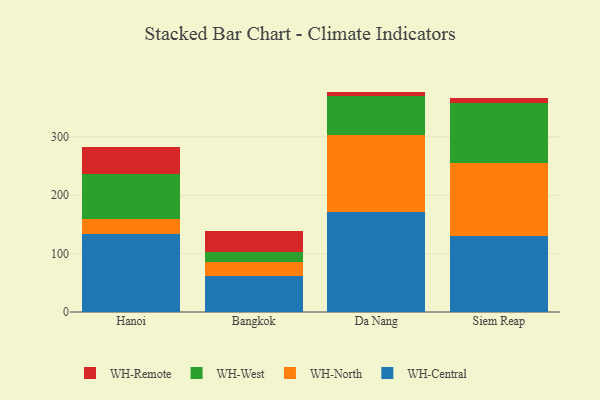
{"axis": {"x": "City", "y": "Demand Index"}, "legend": ["WH-Central", "WH-North", "WH-Remote", "WH-West"], "data": [{"x": "Hanoi", "y": 134.3, "type": "WH-Central"}, {"x": "Hanoi", "y": 24.8, "type": "WH-North"}, {"x": "Hanoi", "y": 77.6, "type": "WH-West"}, {"x": "Hanoi", "y": 45.8, "type": "WH-Remote"}, {"x": "Bangkok", "y": 61.9, "type": "WH-Central"}, {"x": "Bangkok", "y": 24.6, "type": "WH-North"}, {"x": "Bangkok", "y": 16.3, "type": "WH-West"}, {"x": "Bangkok", "y": 35.4, "type": "WH-Remote"}, {"x": "Da Nang", "y": 171.7, "type": "WH-Central"}, {"x": "Da Nang", "y": 130.9, "type": "WH-North"}, {"x": "Da Nang", "y": 67.1, "type": "WH-West"}, {"x": "Da Nang", "y": 8.0, "type": "WH-Remote"}, {"x": "Siem Reap", "y": 130.2, "type": "WH-Central"}, {"x": "Siem Reap", "y": 124.8, "type": "WH-North"}, {"x": "Siem Reap", "y": 103.3, "type": "WH-West"}, {"x": "Siem Reap", "y": 8.7, "type": "WH-Remote"}]}